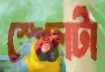
স্পেলটা